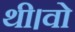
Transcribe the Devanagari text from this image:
थी।वो